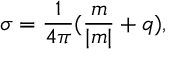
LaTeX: \sigma = \frac 1 { 4 \pi } ( \frac m { | m | } + q ) ,